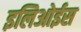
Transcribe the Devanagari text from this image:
इलिओईस